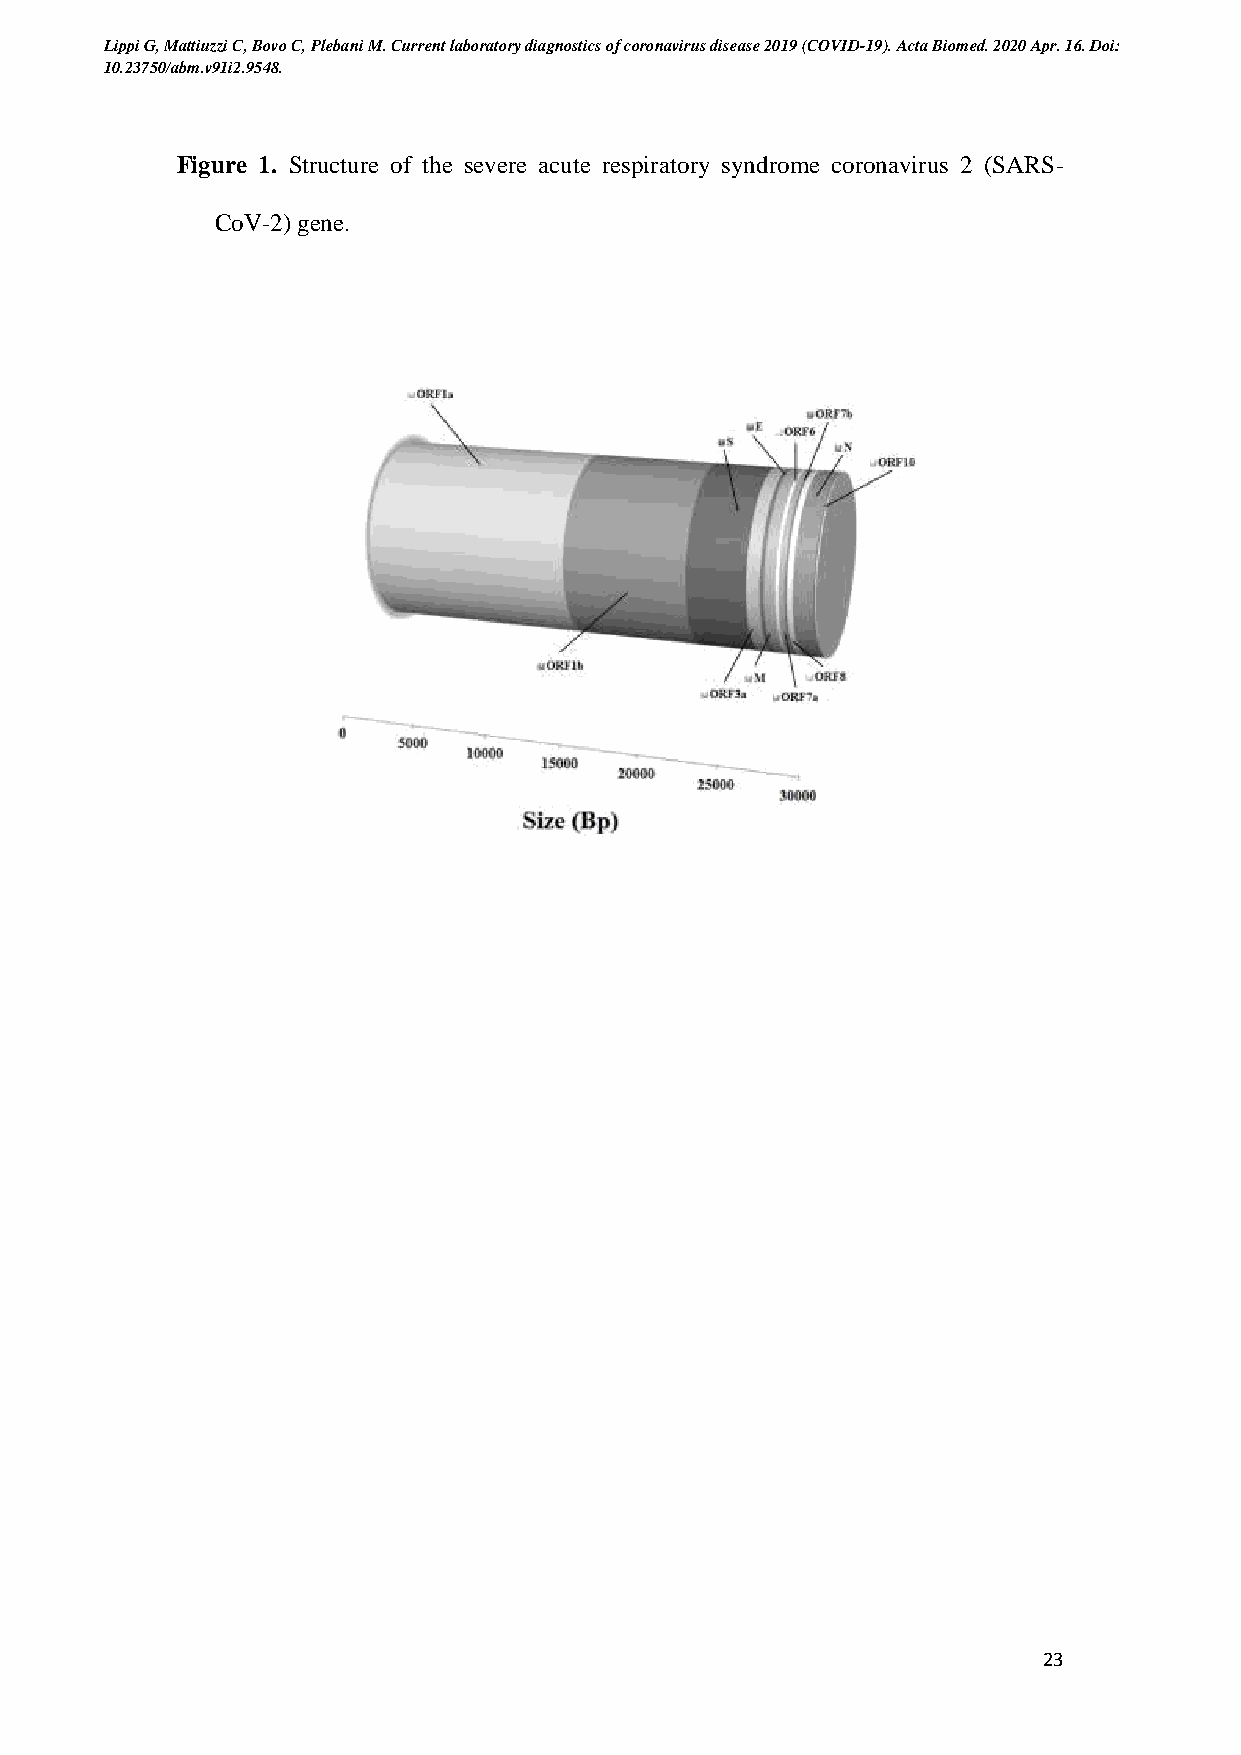
Lippi G, Mattiuzzi C, Bovo C, Plebani M. Current laboratory diagnostics of coronavirus disease 2019 (COVID-19). Acta Biomed. 2020 Apr. 16. Doi:
 10.23750/abm.v91i2.9548.
 Figure 1. Structure of the severe acute respiratory syndrome coronavirus 2 (SARS-
 CoV-2) gene.
 23